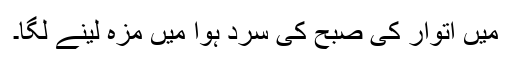
میں اتوار کی صبح کی سرد ہوا میں مزہ لینے لگا۔